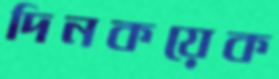
দিনকয়েক